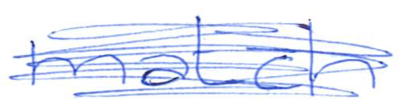
Text: match
Cross-out: scratch
Writing tool: ballpoint